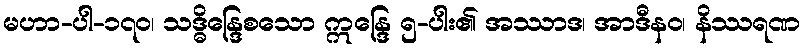
မဟာ-ပါ-၁၇၀၊ သဒ္ဓိန္ဒြေစသော ဣန္ဒြေ ၅-ပါး၏ အဿာဒ၊ အာဒီနဝ၊ နိဿရဏ